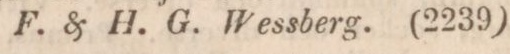
F. & H. G. Wessberg. (2239)